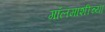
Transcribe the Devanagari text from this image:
गॉलमाशीच्या